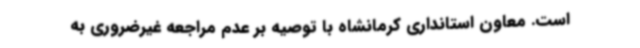
است. معاون استانداری کرمانشاه با توصیه بر عدم مراجعه غیرضروری به